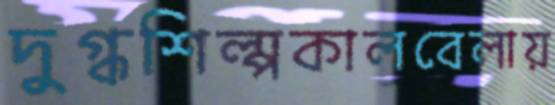
দুগ্ধশিল্পকালবেলায়